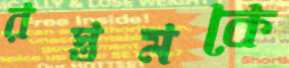
রস্তমকে